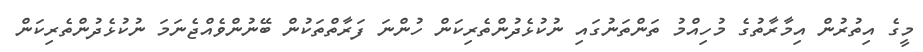
މީގެ އިތުރުން އިމާރާތުގެ މުހިއްމު ތަންތަނުގައި ނުކުޅެދުންތެރިކަން ހުންނަ ފަރާތްތަކުން ބޭނުންވެއްޖެނަމަ ނުކުޅެދުންތެރިކަން